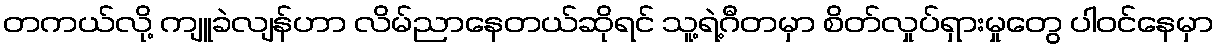
တကယ်လို့ ကျူခဲလျန်ဟာ လိမ်ညာနေတယ်ဆိုရင် သူ့ရဲ့ဂီတမှာ စိတ်လှုပ်ရှားမှုတွေ ပါဝင်နေမှာ